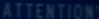
ATTENTION